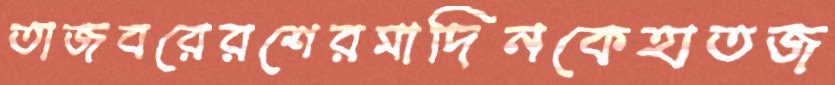
তাজবরেরশেরমাদিনকেহাতজ